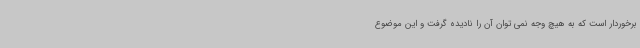
برخوردار است که به هیچ وجه نمی توان آن را نادیده گرفت و این موضوع